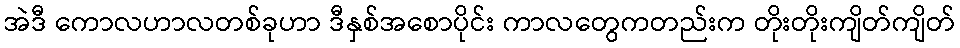
အဲဒီ ကောလဟာလတစ်ခုဟာ ဒီနှစ်အစောပိုင်း ကာလတွေကတည်းက တိုးတိုးကျိတ်ကျိတ်